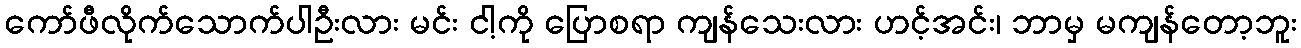
ကော်ဖီလိုက်သောက်ပါဦးလား မင်း ငါ့ကို ပြောစရာ ကျန်သေးလား ဟင့်အင်း၊ ဘာမှ မကျန်တော့ဘူး